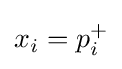
x_{i}=p_{i}^{+}